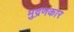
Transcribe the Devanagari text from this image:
मुद्रणकार